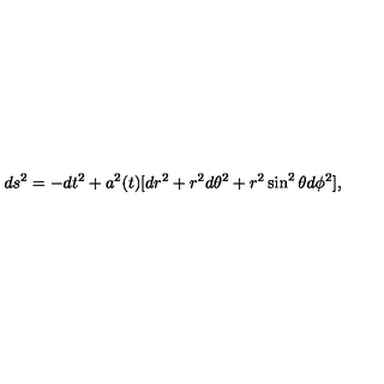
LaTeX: d s ^ { 2 } = - d t ^ { 2 } + a ^ { 2 } ( t ) [ d r ^ { 2 } + r ^ { 2 } d \theta ^ { 2 } + r ^ { 2 } \sin ^ { 2 } \theta d \phi ^ { 2 } ] ,